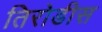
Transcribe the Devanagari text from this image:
तिरोडीस